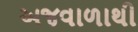
અજવાળાથી